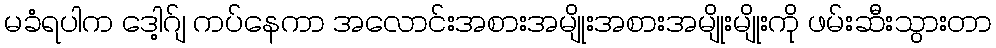
မခံရပါက ဒေါ့ဂ်ျ ကပ်နေကာ အလောင်းအစားအမျိုးအစားအမျိုးမျိုးကို ဖမ်းဆီးသွားတာ